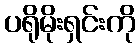
ပရိုမိုးရှင်းကို